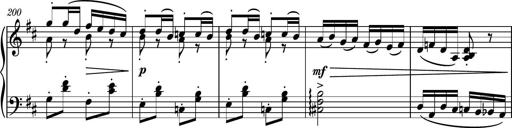
Title: Piano Sonatina No.6
Composer: Dimitri Sykias
Key: A major